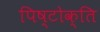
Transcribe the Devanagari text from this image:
पिष्टोक्ति